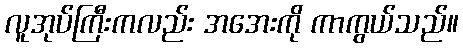
လူအုပ်ကြီးကလည်း အအေးကို ကာကွယ်သည်။